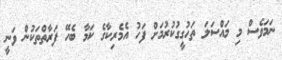
ނަމަވެސް މި މައްސަލަ ތަހުގީގުކުރުމަށް ފަހު އެމެރިކާގެ ކަމާ ބެހޭ ފަރާތްތަކުން ވަނީ